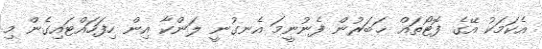
އެކަމަކު އޭގެ ފޮޓޯތައް ޚަބަރުން ފެނުނީމަ އެނގުނީ ލަންކާ އިން ހިފަހައްޓައިގެން މި